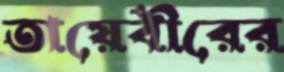
তায়েবীরের